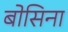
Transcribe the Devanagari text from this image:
बोसिना